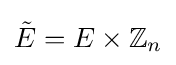
{\tilde {E}}=E\times \mathbb {Z} _{n}